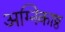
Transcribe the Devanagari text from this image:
अग्निकाष्ठ